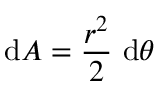
\mathrm { d } A = { \frac { r ^ { 2 } } { 2 } } \ \mathrm { d } \theta